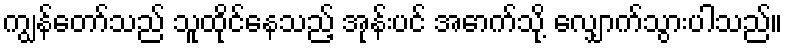
ကျွန်တော်သည် သူထိုင်နေသည့် အုန်းပင် အောက်သို့ လျှောက်သွားပါသည်။